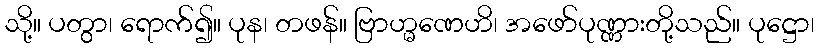
သို့။ ပတွာ၊ ရောက်၍။ ပုန၊ တဖန်။ ဗြာဟ္မဏေဟိ၊ အဖော်ပုဏ္ဏားတို့သည်။ ပုဋ္ဌော၊